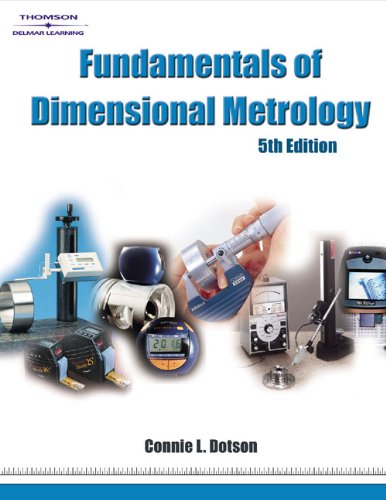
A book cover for Fundamentals of Dimensional Metrology; Connie L Dotson; Science & Math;